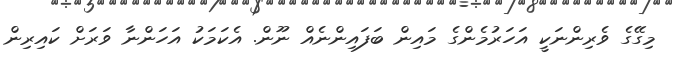
މިގޭގެ ވެރިންނަކީ އަހަރުމެންގެ މައިން ބަފައިންނެއް ނޫން. އެކަމަކު އަހަންނާ ވަރަށް ކައިރިން